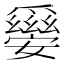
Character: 𤕀